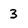
Character: 3